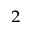
_ 2